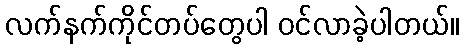
လက်နက်ကိုင်တပ်တွေပါ ဝင်လာခဲ့ပါတယ်။